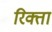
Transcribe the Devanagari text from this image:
रिक्ता